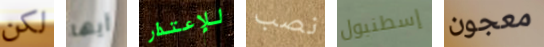
لكن أيها للإعتذار نصب إسطنبول معجون